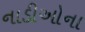
નાડીઓના